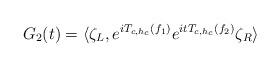
LaTeX: \begin{align*}G_2(t) = \langle \zeta_L,e^{iT_{c,h_c}(f_1)} e^{i t T_{c,h_c}(f_2)} \zeta_R \rangle\end{align*}